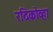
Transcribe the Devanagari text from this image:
रदिकोव्हा